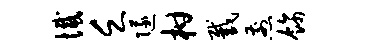
憾乏隧柑截煎饰